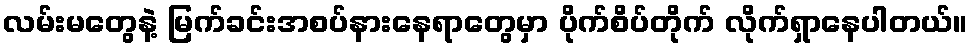
လမ်းမတွေနဲ့ မြက်ခင်းအစပ်နားနေရာတွေမှာ ပိုက်စိပ်တိုက် လိုက်ရှာနေပါတယ်။